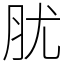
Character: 肬